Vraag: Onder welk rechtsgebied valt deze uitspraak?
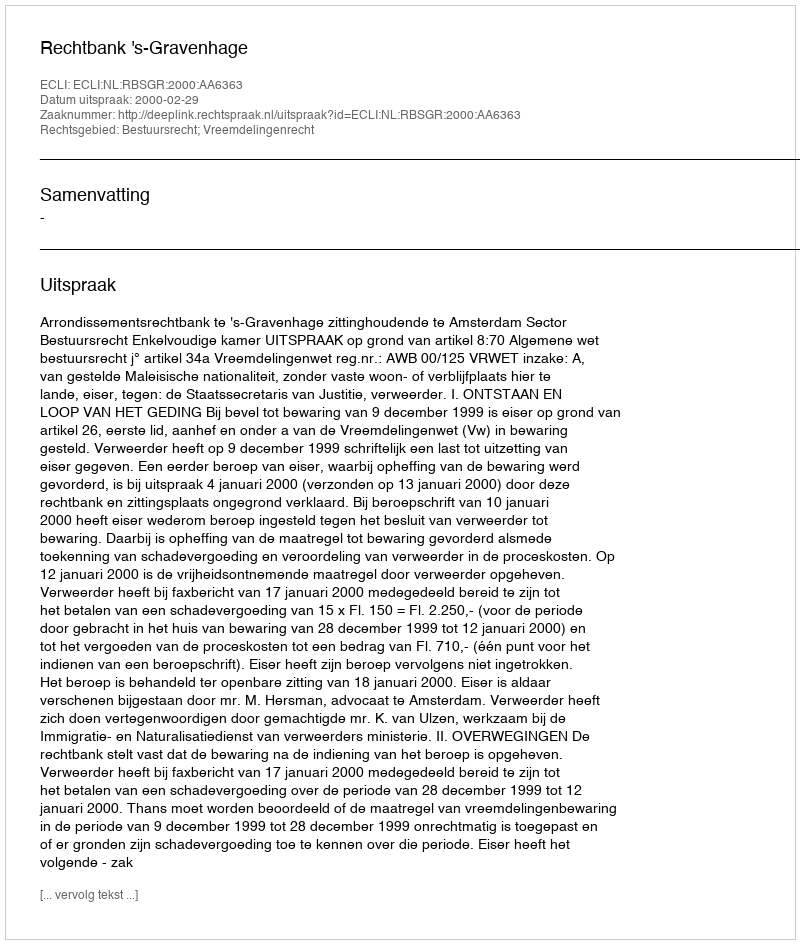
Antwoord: Bestuursrecht; Vreemdelingenrecht